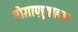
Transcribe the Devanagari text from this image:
रोग़ाणुवाहक